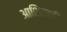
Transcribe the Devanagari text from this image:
आशियाई